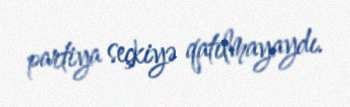
partiya seçkiyə qatılmayaydı.